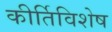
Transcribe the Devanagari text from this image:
कीर्तिविशेष